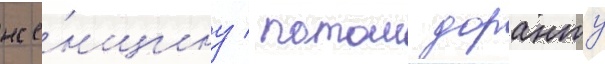
же́нщину / потом доранту